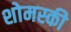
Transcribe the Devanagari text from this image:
शोमस्की